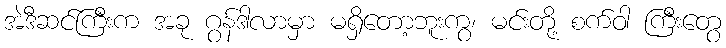
အဲဒီဆင်ကြီးက အခု ဂွန်ဒါလာမှာ မရှိတော့ဘူးကွ၊ မင်းတို့ စက်ဝါ ကြီးတွေ